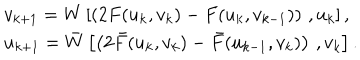
LaTeX: \begin{array} { l } { { v _ { k + 1 } = W \left[ \left( 2 F ( u _ { k } , v _ { k } ) - F ( u _ { k } , v _ { k - 1 } ) \right) \, , u _ { k } \right] , } } \\ { { u _ { k + 1 } = \bar { W } \left[ \left( 2 \bar { F } ( u _ { k } , v _ { k } ) - \bar { F } ( u _ { k - 1 } , v _ { k } ) \right) \, , v _ { k } \right] . } } \\ \end{array}